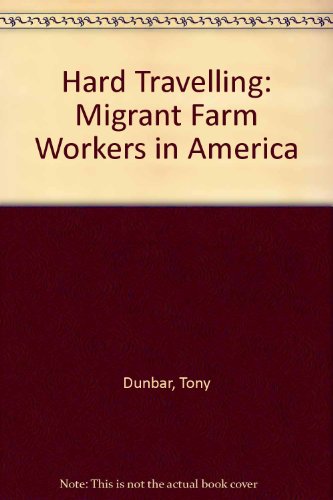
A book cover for Hard Traveling: Migrant Farm Workers in America; Tony Dunbar; Medical Books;